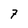
Character: 7